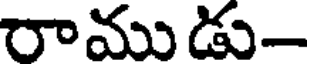
రాము డు-